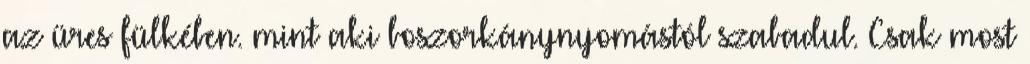
az üres fülkében. mint aki boszorkánynyomástól szabadul. Csak most